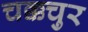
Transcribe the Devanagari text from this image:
चक्कचुर